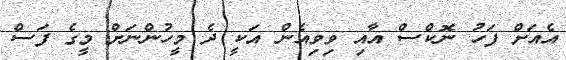
އެއަށް ފަހު ނޮކްސް އާއި ވިވިއެން އަކީ ދެ މީހުންނަށް މީގެ ފަސް